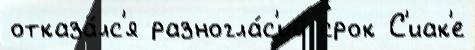
отказа́лс'я разногла́с'ий срок С'иак'е